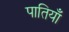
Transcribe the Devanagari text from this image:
पातियाँ